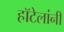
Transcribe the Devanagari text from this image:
हॉटेलांनी